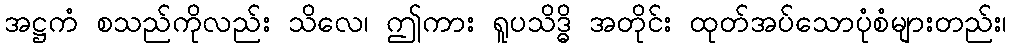
အဋ္ဌကံ စသည်ကိုလည်း သိလေ၊ ဤကား ရူပသိဒ္ဓိ အတိုင်း ထုတ်အပ်သောပုံစံများတည်း၊